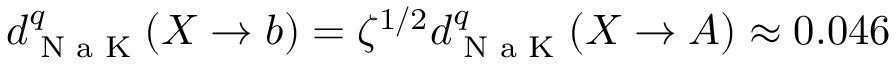
d _ { \textrm { N a K } } ^ { q } ( X \to b ) = \zeta ^ { 1 / 2 } d _ { \textrm { N a K } } ^ { q } ( X \to A ) \approx 0 . 0 4 6